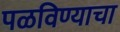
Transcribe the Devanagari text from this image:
पळविण्याचा